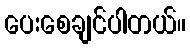
ပေးစေချင်ပါတယ်။